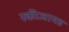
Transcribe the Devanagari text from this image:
स्कीजायड